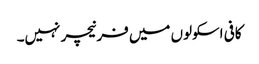
کافی اسکولوں میں فرنیچر نہیں۔